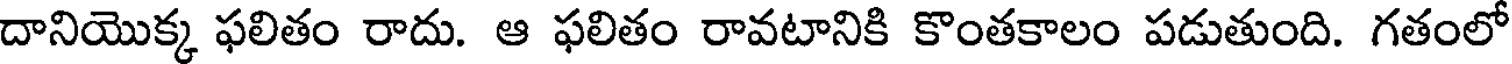
దానియొక్క ఫలితం రాదు. ఆ ఫలితం రావటానికి కొంతకాలం పడుతుంది. గతంలో